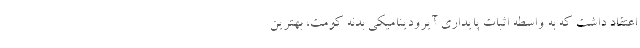
اعتقاد داشت که به واسطه اثبات پایداری آیرودینامیکی بدنه کومت، بهترین